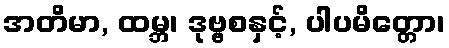
အတိမာ, ထမ္ဘ၊ ဒုဗ္ဗစနှင့်, ပါပမိတ္တော၊